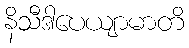
နိသီဒါပေယျာမာတိ